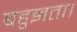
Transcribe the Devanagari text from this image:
बहुज्ञता।